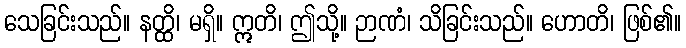
သေခြင်းသည်။ နတ္ထိ၊ မရှိ။ ဣတိ၊ ဤသို့။ ဉာဏံ၊ သိခြင်းသည်။ ဟောတိ၊ ဖြစ်၏။